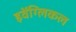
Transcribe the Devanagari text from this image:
इवेंग्लिकल